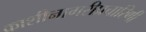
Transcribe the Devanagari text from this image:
काशीनागरीप्रचारिणी